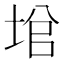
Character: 𡌙